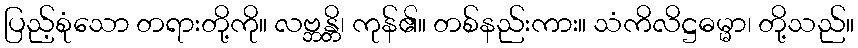
ပြည့်စုံသော တရားတို့ကို။ လဗ္ဘန္တိ၊ ကုန်၏။ တစ်နည်းကား။ သံကိလိဋ္ဌဓမ္မာ၊ တို့သည်။